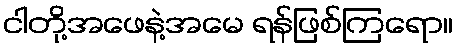
ငါတို့အဖေနဲ့အမေ ရန်ဖြစ်ကြရော။